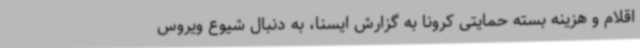
اقلام و هزینه بسته حمایتی کرونا به گزارش ایسنا، به دنبال شیوع ویروس